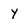
Character: y